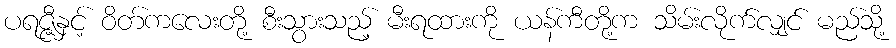
ပရဇ္ဇီနှင့် ဝိတ်ကလေးတို့ စီးသွားသည့် မီးရထားကို ယန်ကီတို့က သိမ်းလိုက်လျှင် မည်သို့